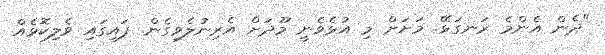
"ދެން އެންމެ ރަނގަޅޭ. މަށަށް މި އުޅެވެނީ މޫދަށް އެރިނުލެވިގެން. ފައިގައި ވެލިކޮޅެއް